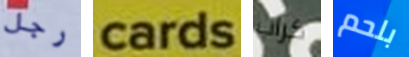
رجل cards كراب بلحم